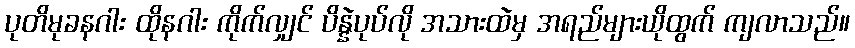
ပုတိမုခနဂါး ထိုနဂါး ကိုက်လျှင် ပိန္နဲပုပ်လို အသားထဲမှ အရည်များယိုထွက် ကျလာသည်။